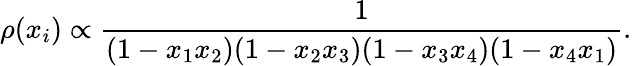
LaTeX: \rho(x_{i})\propto\frac{1}{(1-x_{1}x_{2})(1-x_{2}x_{3})(1-x_{3}x_{4})(1-x_{4}x_{1})}.